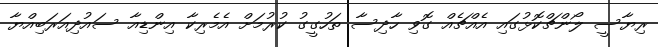
ރިޔާސީ ލޯންޗްކޮޅުގައި އެއްޗެއް ގޮވި ހާދިސާ ތަހުގީގު ކުރުމަށް އެމެރިކާ އިންޑިއާ ސައުދިއަރަބިއްޔާ